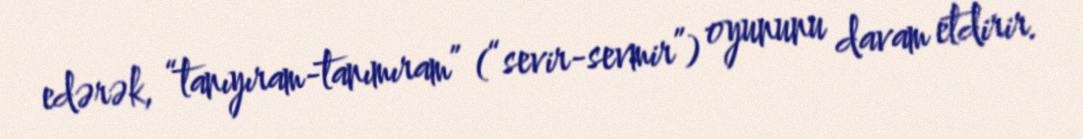
edərək, “tanıyıram-tanımıram” (“sevir-sevmir”) oyununu davam etdirir.